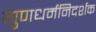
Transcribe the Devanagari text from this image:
गुणधर्मनिदर्शक